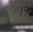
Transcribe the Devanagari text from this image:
।१